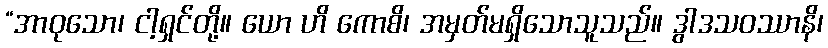
“အာဝုသော၊ ငါ့ရှင်တို့။ ယော ဟိ ကောစိ၊ အမှတ်မရှိသောသူသည်။ ဒွါဒသဝဿာနိ၊